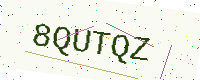
Text: 8QUTQZ